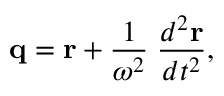
{ \bf q } = { \bf r } + { \frac { 1 } { \omega ^ { 2 } } } \; { \frac { d ^ { 2 } { \bf r } } { d t ^ { 2 } } } ,